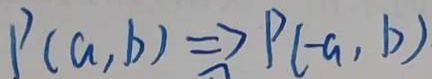
P ( a , b ) \Rightarrow P ( - a , b )